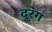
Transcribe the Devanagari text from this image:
दुरंग